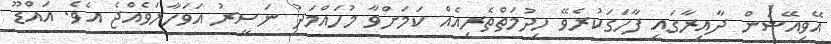
އޭވިއޭޝަން ދާއިރާގައި ފާހަގަކުރެވޭ ހިދުމަތްތެރިއެއް ކަމަށްވާ މުހައްމަދު ނަސީރު އަވަހާރަވެއްޖެ އެވެ. އައްޑޫ